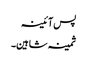
پس آئینہ
ثمینہ شاہین۔